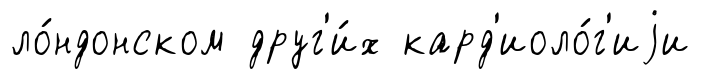
ло́ндонском друг'и́х кард'иоло́г'иjи